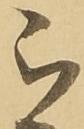
被